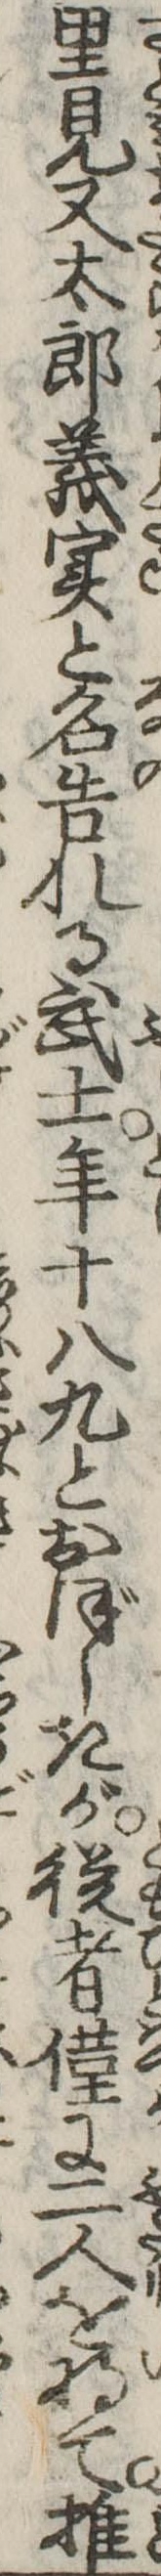
里見又太郎義実と名告れる武士年十八九とおぼしきが従者僅に二人を将て推